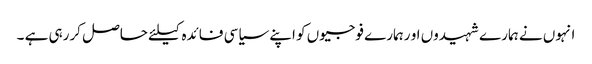
انہوں نے ہمارے شہیدوں او رہمارے فوجیوں کو اپنے سیاسی فائدہ کیلئے حاصل کررہی ہے ۔